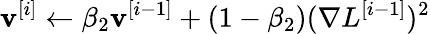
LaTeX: \mathbf{v}^{[i]}\leftarrow\beta_{2}\mathbf{v}^{[i-1]}+(1-\beta_{2})(\nabla L^{[i-1]})^{2}